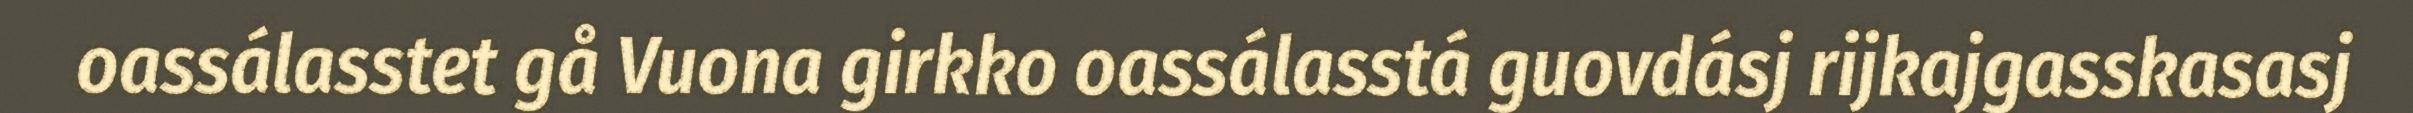
oassálasstet gå Vuona girkko oassálasstá guovdásj rijkajgasskasasj